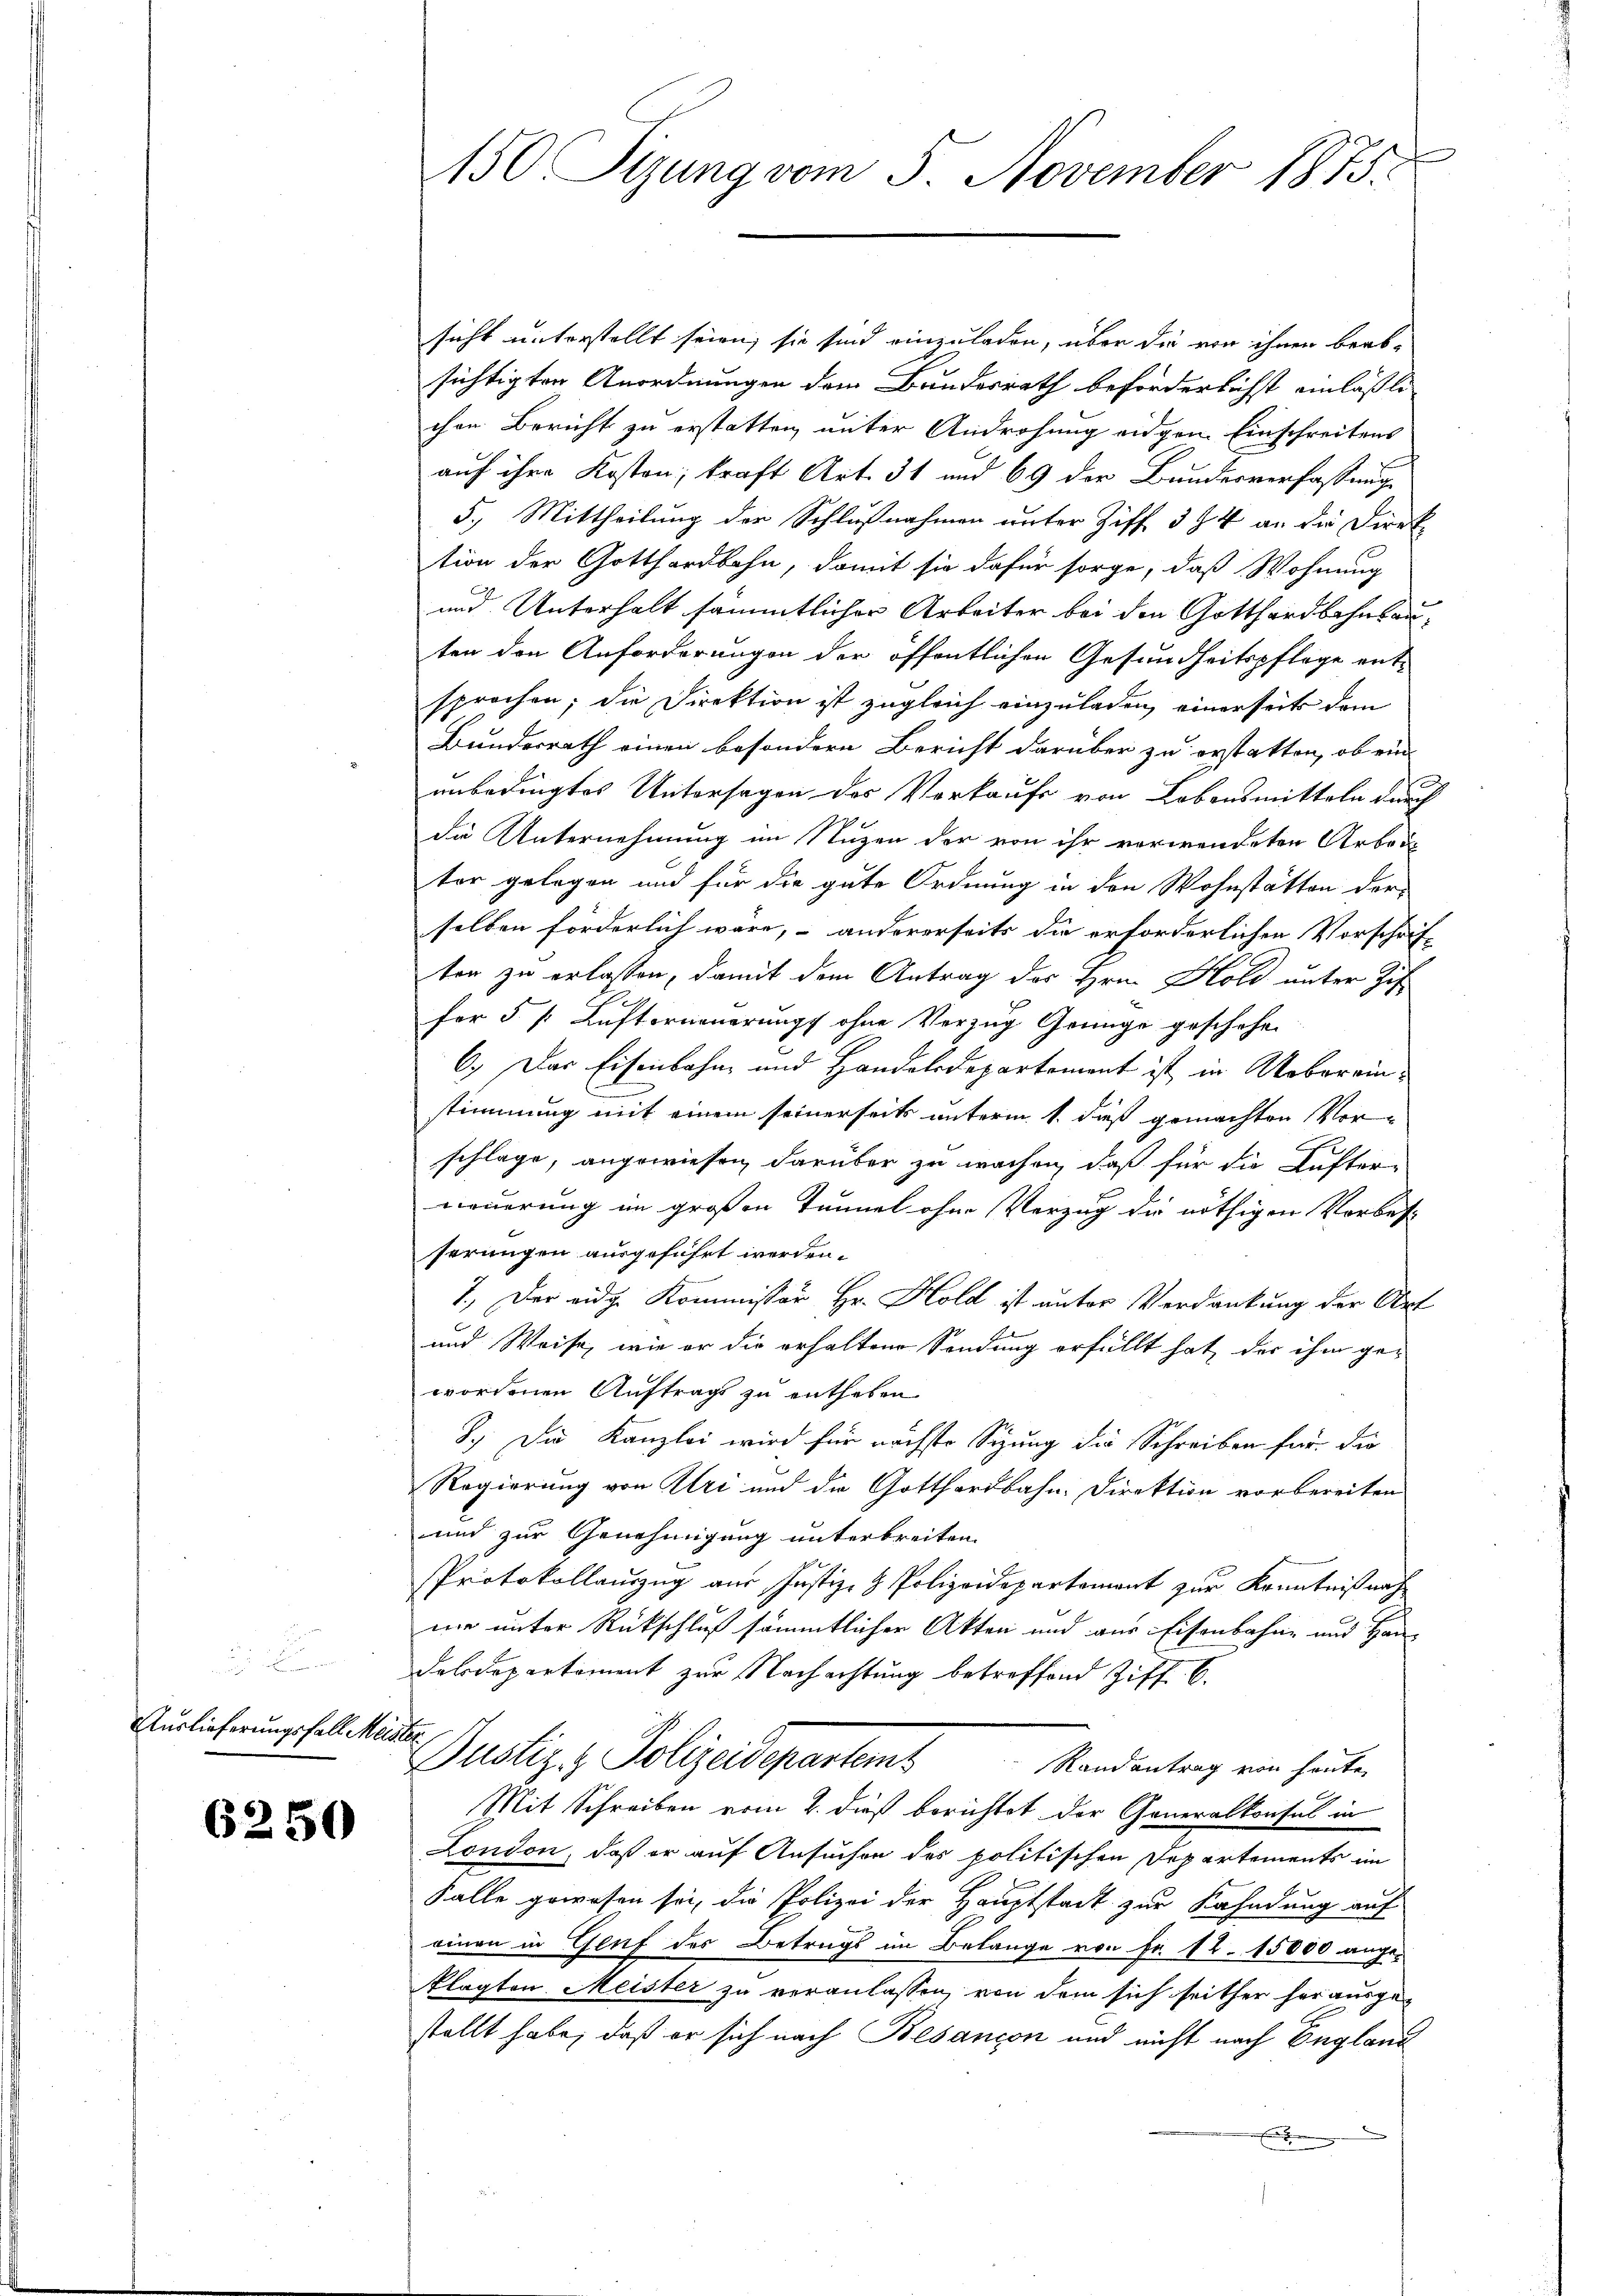
Auslieferungsfall Meister,

6250

150 Sizung vom 5. November 1875.

sicht unterstellt seien; sie sind einzuladen, über die von ihnen beab-
sichtigten Anordnungen dem Bundesrath beförderlichst einläßlichen Bericht zu erstatten unter Androhung eidgen. Einschreitens
auf ihre Kosten; kraft Art. 31 und 69 der Bundesverfassungs
5.) Mittheilung der Schlußnahmen unter Ziff. 394 an die Direk
tion der Gotthardbahn, damit sie dafür sorge, daß Wohnung
und Unterhalt sämmtlicher Arbeiter bei den Gotthardbahnbauten den Anforderungen der öffentlichen Gesundheitspflege ent-
sprochen; die Direktion ist zugleich einzuladen, einerseits dem
Bundesrath einen besondere Bericht darüber zu erstatten, ob ein
unbedingtes Untersagen des Verkaufs von Lebensmitteln durch
die Unternehmung im Nuzen der von ihr verwendeten Arbeit
tor gelegen und für die gute Ordnung in den Wohnstätten der
selben förderlich wäre, – andererseits die erforderlichen Vorschrif-
ten zu erlassen, damit dem Antrag des Hrn. Hold unter Zif
fer 5 /: Lüfterneŭerŭng ohne Verzŭg Genüge geschehen
6.) Das Eisenbahn und Handelsdepartement ist in Uebereinstimmung mit einem seinerseits unterm 1. daß gemachten Vor-
schlage, angewiesen darüber zu wachen, daß für die Aufter-
neuerung im großen Tunnel ohne Verzug die nöthigen Vorbess
serungen ausgeführt werden.
1.) Der eidg. Kommissor Hr. Hold ist unter Verdankung der Art
und Weise, wie er die erhaltene Sendung erfüllt hat, der ihm gewordenen Auftrags zu entheben
8.) Die Kanzlei wird für nächste Sizung die Schreiben für die
Regierung von Uri und die Gotthardbahn. Direktion vorbereiten
und zur Genehmigung unterbreiten.
PProtokollauszug aus Justiz- & Polizeidepartement zur Kenntniß nach
nie unter Rückschluß sämmtlicher Akten und aus Eisenbahne und Han-
Feldepartement zur Nachachtung betreffend Ziff. 6.
Justiz- & Polizeidepartemb
Randantrag von heute
Mit Schreiben vom 2. dieß berichtet der Generalkonsul in
London, daß er auf Ansuchen des politischen Departements im
Falle gewesen sei, die Polizei der Hauptstadt zur Kahndung auf
einen in Genf des Betrugs im Belange von Fr. 12. 15000 ange-
klagten. Meister zu veranlassen, von dem sich seither her ausge-
stellt habe, daß er sich nach Besançon und nicht nach England
E